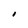
Character: I